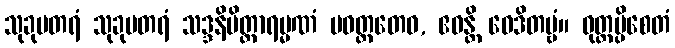
သုခုမတရံ သုခုမတရံ သဒ္ဒနိမိတ္တာရမ္မဏံ ပဝတ္တတေဝ, ဧဝန္တိ ဝေဒိတဗ္ဗံ။ ဝုတ္တမ္ပိစေတံ